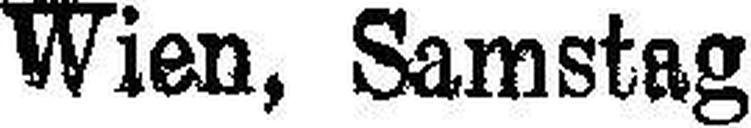
Wien, Samstag